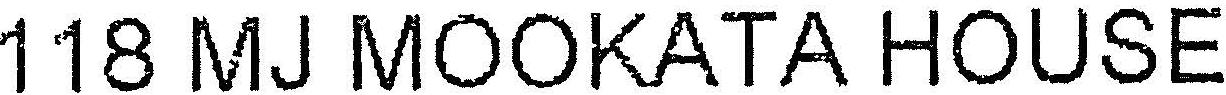
118 MJ MOOKATA HOUSE